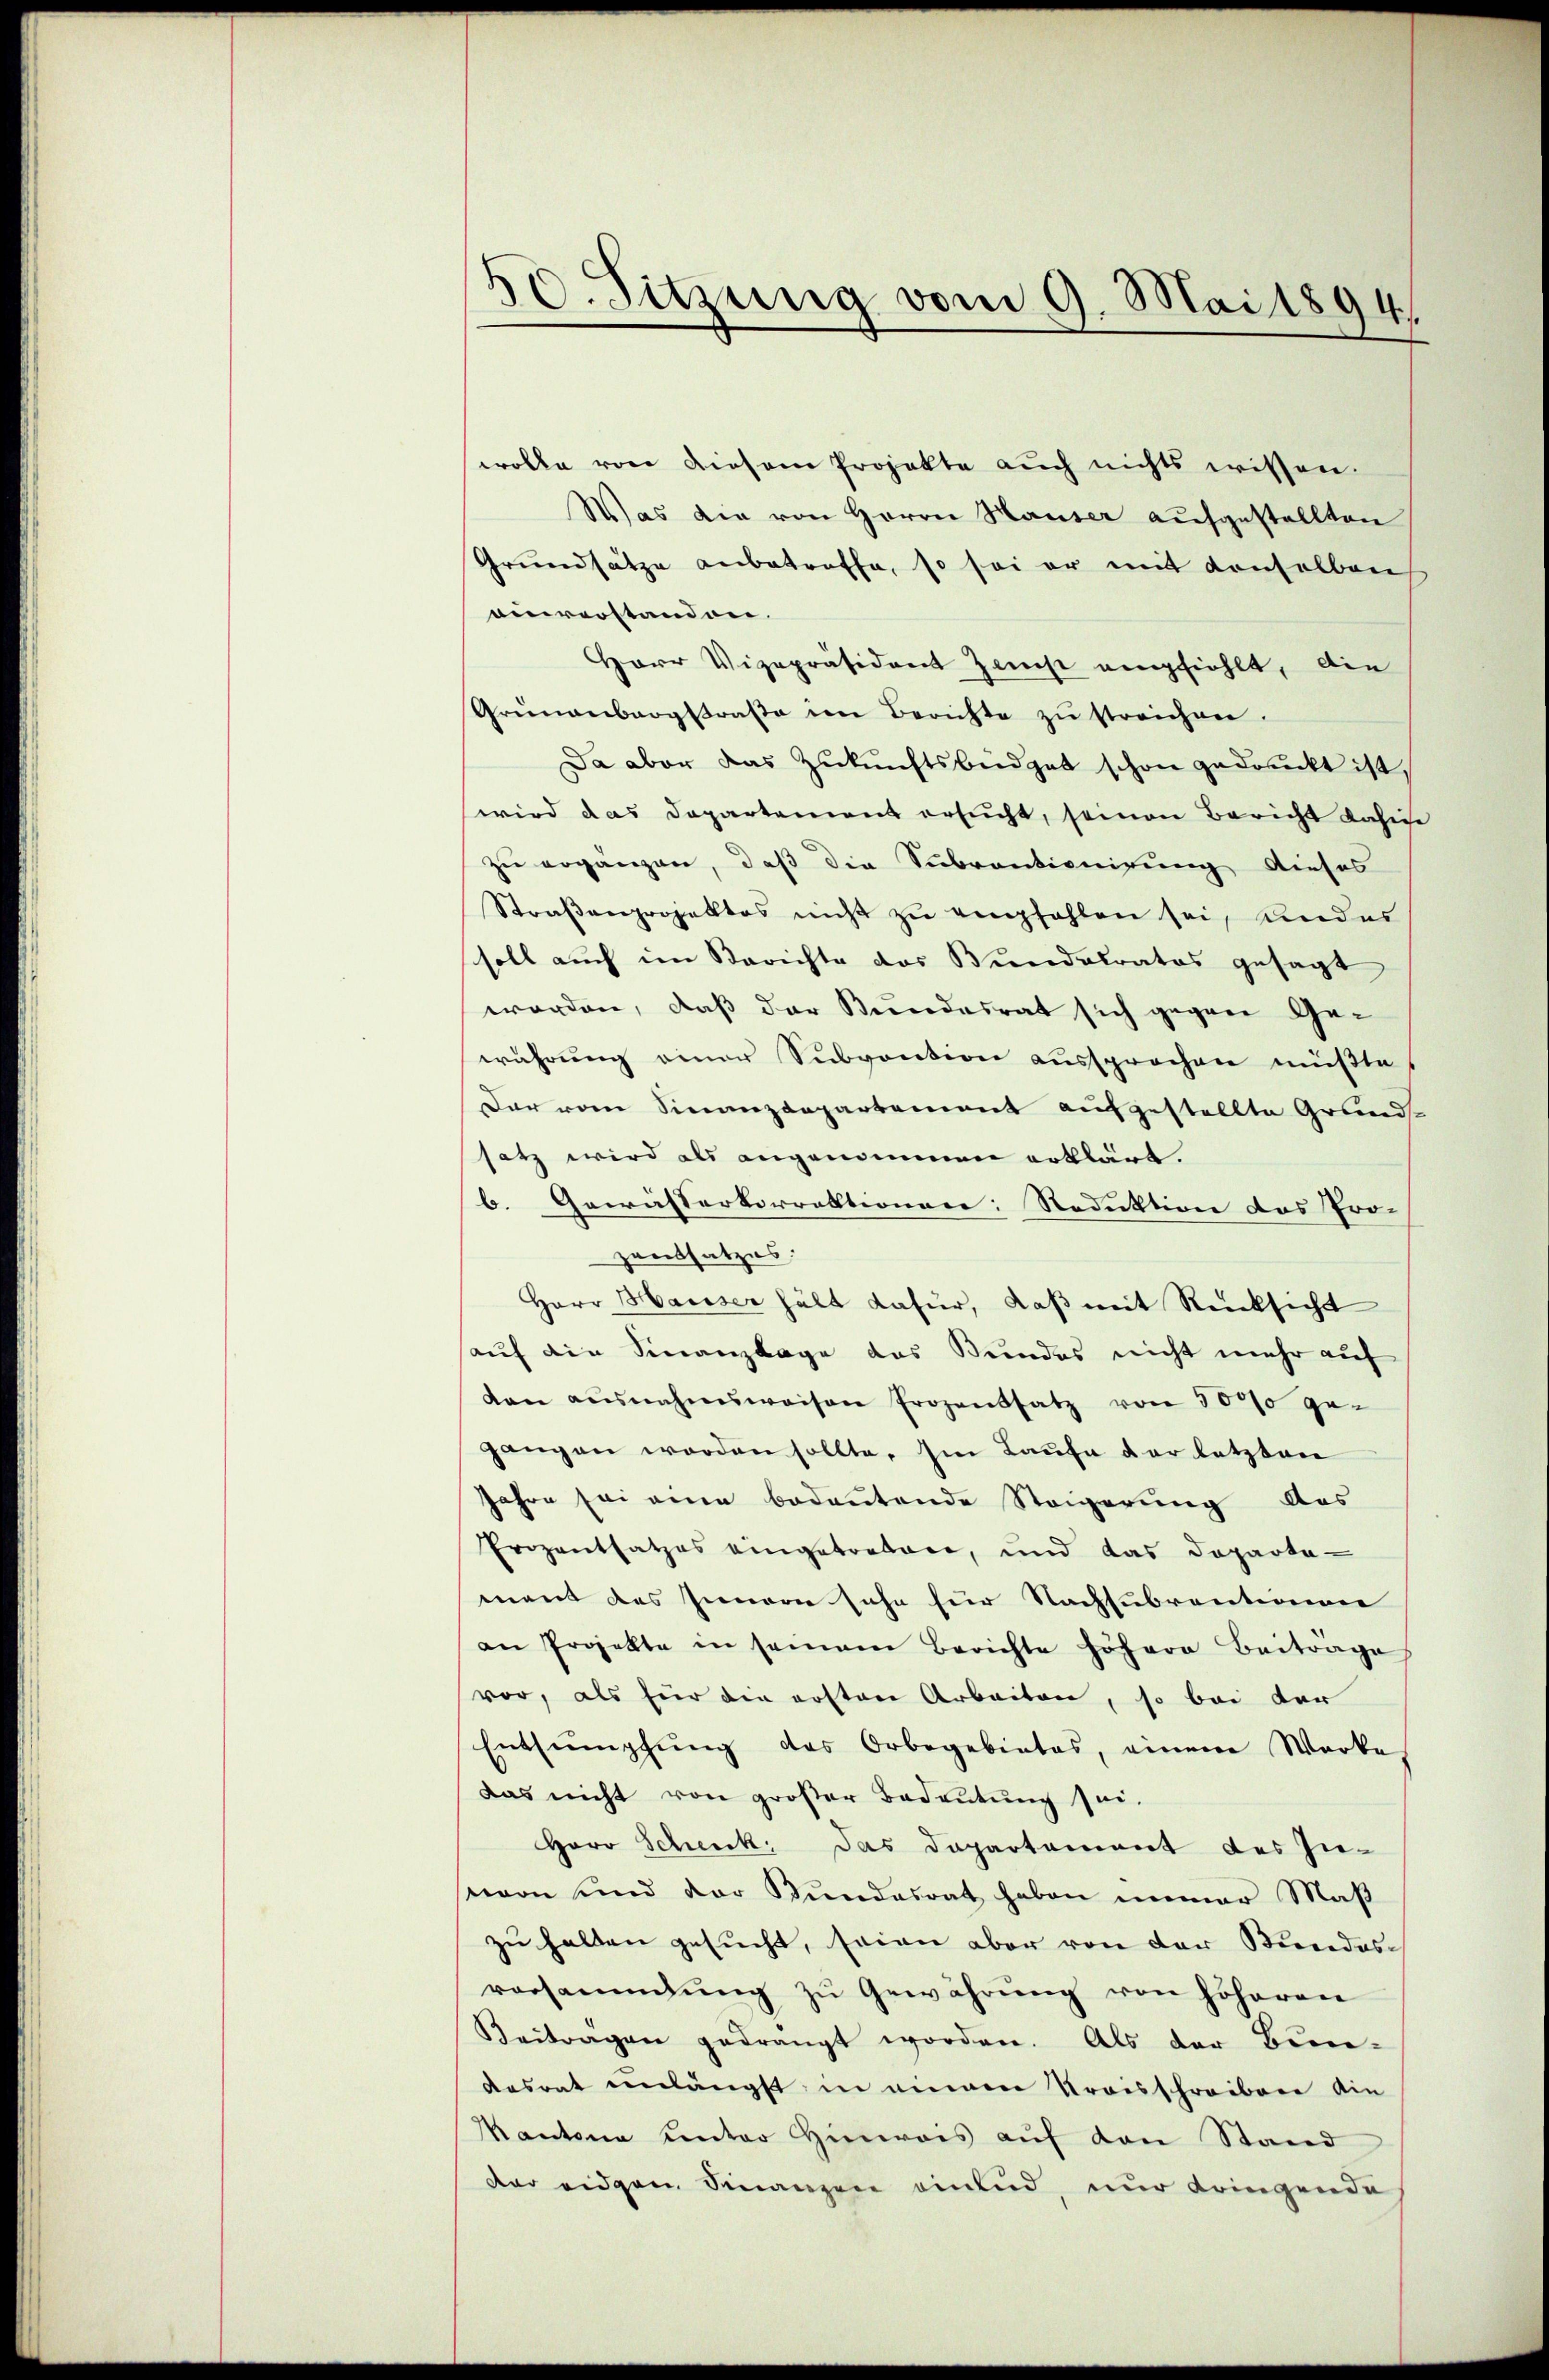
50. Sitzung vom 9. Mai 1894.

wolle von diesem Projekte auch nichts wissen.
Was die von Herrn Hauser aufgestellten
Grundsätze anbetroffe, so sei er mit denselben
oinreistandon.
Herr Vizepräsident Zeicht empfiehlt, die
Grünenbergstraβe in Berichte zŭ streichen.
Da aber das Zŭkŭnftsbüdget schon gedruckt ist,
wird das Departement ersucht, seinen Bericht dahin
zu ergänzen, daß die Subventionirung dieses
Straβenprojektes nicht zŭ empfahlen sei, kindes
soll auch im Berichte das Bundstratos gesagt
worden, daß der Bundesrat sich gegen Gewährung einer Subvention aussprochen müßte
Dar vom Finanzdepartement aufgestellte Grund-
satz wird als angenommen erklärt.
b. Gewässerkorrektionen: Reduktion des Prozentsatzes:
Herr Hauser hält dafür, daβ mit Rücksicht
hauf die Finanzlage das Bundes nicht mehr auf
den ausnahmsweisen Prozentsatz von 3000 ge-
gangen worden sollte. Im Laŭfe der letzten
Jahre sei ein bedeutende Steigerung des
Prozentsatzes eingetreten, und das Departa-
mant des Innern sehe für Nachsubventionen
an Projekte in seinem Berichte höhere Beitrage
vor, als für die ersten Arbeiten, so bei der
Entsumpfung des Orbegebietes, einem Werke
das nicht von großer Bedeutung sei.
Herr Schenk, das Departement des Invon und der Bŭndesrat haben immer Maβ
zu halten gesucht, seien aber von der Stundes-
versammlung zŭ Gewährŭng von höheren
Beitragen gedrängt worden. Als der Be-
desrat einlängst, in einem Kraisschreiben ain
Kantone unter Hinweis aŭf den Stand
der eidgen Finanzen einlud, nur dringende